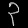
Digit: ၃